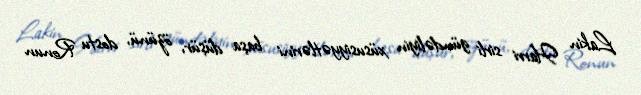
Lakin Harri sirli gündəliyin xüsusiyyətlərini başa düşür, özünü, dostu Ronun